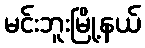
မင်းဘူးမြို့နယ်